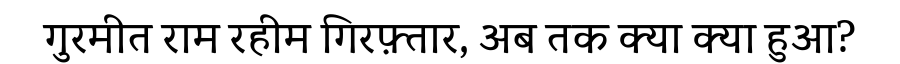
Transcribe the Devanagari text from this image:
गुरमीत राम रहीम गिरफ़्तार, अब तक क्या क्या हुआ?